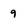
Character: g